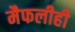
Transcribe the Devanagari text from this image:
मैफलीही